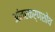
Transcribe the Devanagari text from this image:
आंतरकर्णशोथ